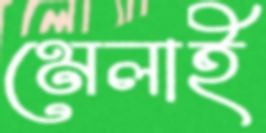
মেলাই